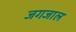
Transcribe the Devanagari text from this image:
जगजाल